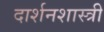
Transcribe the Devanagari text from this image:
दार्शनशास्त्री